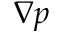
\nabla p